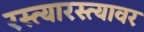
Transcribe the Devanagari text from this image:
रस्त्यारस्त्यावर